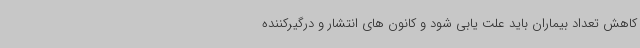
کاهش تعداد بیماران باید علت یابی شود و کانون های انتشار و درگیرکننده